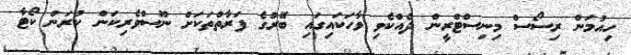
ހިއުމަން ރިސޯސް މިނިސްޓްރީން ދެއްކެވި ވާހަކައިގައި ބޭރުގެ ފަރާތްތަކަށް ނޫސްވެރިކަން ކުރަން ކޯޓާ